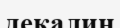
декалин